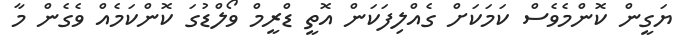
ޔަގީން ކޮންމެވެސް ކަމަކަށް ގެއްލިފަކަން އޮތީ ޑްރީމް ވޯލްޑުގަ ކޮންކަމެއް ވެގެން މާ